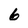
Character: 6